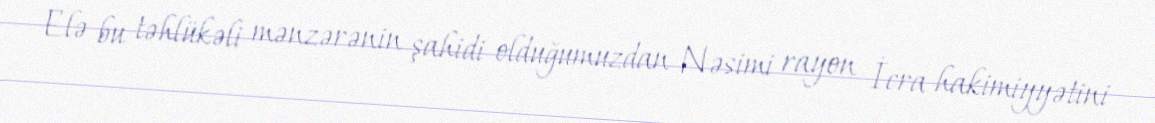
Elə bu təhlükəli mənzərənin şahidi olduğumuzdan Nəsimi rayon İcra hakimiyyətini